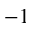
^ { - 1 }